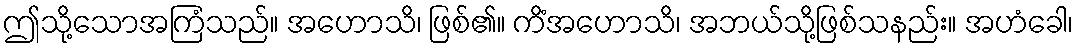
ဤသို့သောအကြံသည်။ အဟောသိ၊ ဖြစ်၏။ ကိံအဟောသိ၊ အဘယ်သို့ဖြစ်သနည်း။ အဟံခေါ၊